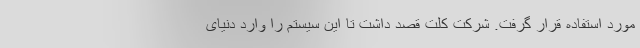
مورد استفاده قرار گرفت. شرکت کلت قصد داشت تا این سیستم را وارد دنیای